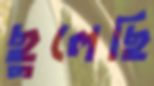
ছুলেছি